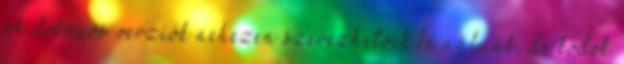
A dobozos verziók nehezen szerezhetőek be nálunk, de kódok